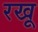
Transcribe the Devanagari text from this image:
रखू